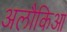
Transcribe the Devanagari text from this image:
अलौकिआ